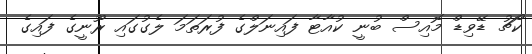
ކޯޗު ޑޭވިޑް މޮއިސް ބުނީ ކުއާޓާ ފައިނަލްގެ ފުރަތަމަ ލެގުގައި ރޫނީގެ ފައިގެ